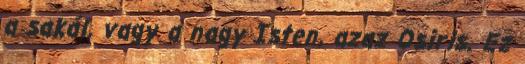
a sakál, vagy a nagy Isten, azaz Osiris. Ez